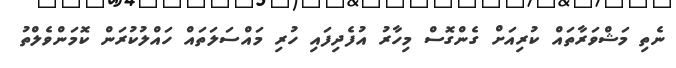
ނެތި މަޝްވަރާތައް ކުރިއަށް ގެންގޮސް މިހާރު އުފެދިފައި ހުރި މައްސަލަތައް ހައްލުކުރަން ކޮމަންވެލްތު